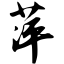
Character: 萍